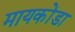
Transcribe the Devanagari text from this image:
मायकोंडा